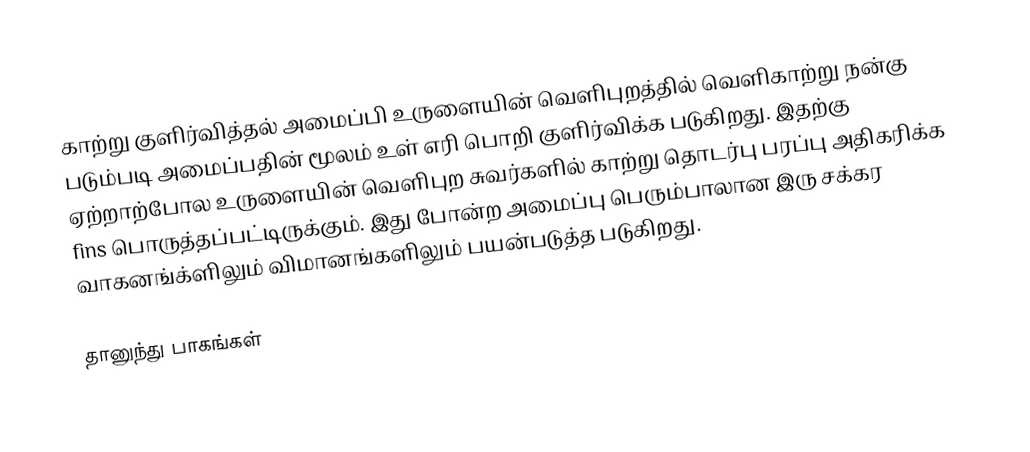
காற்று குளிர்வித்தல் அமைப்பி உருளையின் வெளிபுறத்தில் வெளிகாற்று நன்கு படும்படி அமைப்பதின் மூலம் உள் எரி பொறி குளிர்விக்க படுகிறது. இதற்கு ஏற்றாற்போல உருளையின் வெளிபுற சுவர்களில் காற்று தொடர்பு பரப்பு அதிகரிக்க fins  பொருத்தப்பட்டிருக்கும். இது போன்ற அமைப்பு பெரும்பாலான இரு சக்கர வாகனங்க்ளிலும் விமானங்களிலும் பயன்படுத்த படுகிறது.

தானுந்து பாகங்கள்